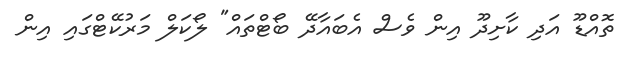
ތޮއްޑޫ އަދި ކާށިދޫ އިން ވެސް އެބައާދޭ ބޯޓްތައް" ލޯކަލް މަރުކޭޓްގައި އިން